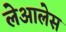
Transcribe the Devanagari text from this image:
लेआलेस